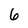
Character: 6